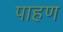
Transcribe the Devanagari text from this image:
पाहण